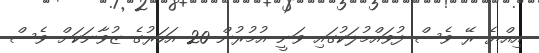
އިއްޔެ ރޭ ވެސް ފުވައްމުލަކުގައި ވަނީ އުމުރުން 20 އަހަރުގެ ޒުވާނަކަށް ވެސް